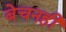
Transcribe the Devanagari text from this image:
बेचनही